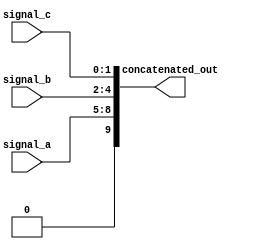
module concat_example (
    input wire [3:0] signal_a,      // 4-bit input signal
    input wire [2:0] signal_b,      // 3-bit input signal
    input wire [1:0] signal_c,      // 2-bit input signal
    output wire [9:0] concatenated_out // 10-bit output signal
);

// Continuous assignment to concatenate input signals
assign concatenated_out = {signal_a, signal_b, signal_c}; // Concatenate in the order: a, b, c

endmodule